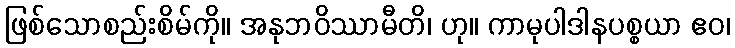
ဖြစ်သောစည်းစိမ်ကို။ အနုဘဝိဿာမီတိ၊ ဟု။ ကာမုပါဒါနပစ္စယာ ဧဝ၊